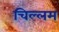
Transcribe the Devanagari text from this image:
चिल्लम